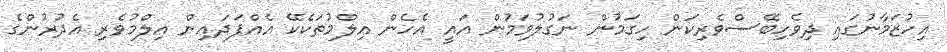
އިހުޒަމާނުގައި ދިވެހިބޭސްވެރިކަން ހިގަމުން ނަގުލުވަމުން އައީ އެހެން އިލްމުތަކެކޭ އެއްފަދައިން އިލްމުވެރި އެދުރުންގެ